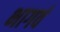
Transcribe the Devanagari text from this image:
भागर्व